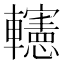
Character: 𨏥